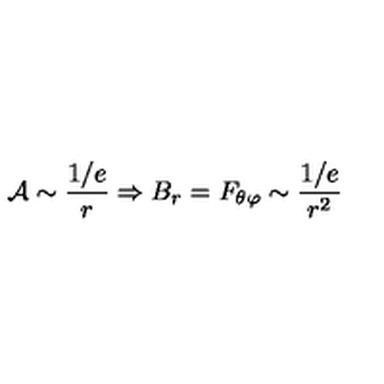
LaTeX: { \cal A } \sim \frac { 1 / e } { r } \Rightarrow B _ { r } = F _ { \theta \varphi } \sim \frac { 1 / e } { r ^ { 2 } }